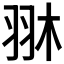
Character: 𦐔